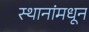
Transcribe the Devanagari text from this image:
स्थानांमधून